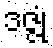
ဒဇ္ဇုံ